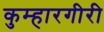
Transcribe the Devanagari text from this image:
कुम्हारगीरी